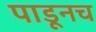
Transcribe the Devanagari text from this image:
पाडूनच